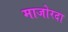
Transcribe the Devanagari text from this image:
माजोरदा